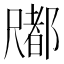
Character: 𡳤